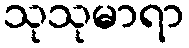
သုသုမာရာ